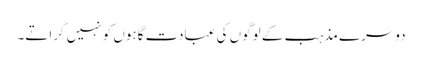
دوسرے مذہب کے لوگوں کی عبادت گاہوں کو نہیں گراتے۔